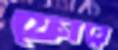
ফোরে